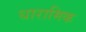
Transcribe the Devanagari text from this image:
धारामिक